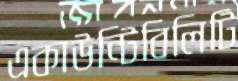
একাউন্টিবিলিটি